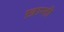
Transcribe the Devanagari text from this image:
ख़ान्ती